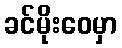
ခင်မိုးဝေမှာ